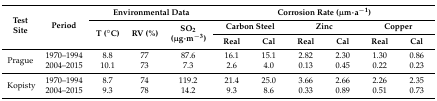
<table><thead><tr><td rowspan="3"><b>Test Site</b></td><td rowspan="3"><b>Period</b></td><td colspan="3"><b>Environmental Data</b></td><td colspan="6"><b>Corrosion Rate (μm·a<sup>−1</sup>)</b></td></tr><tr><td rowspan="2"><b>T (°C)</b></td><td rowspan="2"><b>RV (%)</b></td><td rowspan="2"><b>SO<sub>2</sub> (μg·m<sup>−3</sup>)</b></td><td colspan="2"><b>Carbon Steel</b></td><td colspan="2"><b>Zinc</b></td><td colspan="2"><b>Copper</b></td></tr><tr><td><b>Real</b></td><td><b>Cal</b></td><td><b>Real</b></td><td><b>Cal</b></td><td><b>Real</b></td><td><b>Cal</b></td></tr></thead><tbody><tr><td rowspan="2">Prague</td><td>1970–1994</td><td>8.8</td><td>77</td><td>87.6</td><td>16.1</td><td>15.1</td><td>2.82</td><td>2.30</td><td>1.30</td><td>0.86</td></tr><tr><td>2004–2015</td><td>10.1</td><td>73</td><td>7.3</td><td>2.6</td><td>4.0</td><td>0.13</td><td>0.45</td><td>0.22</td><td>0.23</td></tr><tr><td rowspan="2">Kopisty</td><td>1970–1994</td><td>8.7</td><td>74</td><td>119.2</td><td>21.4</td><td>25.0</td><td>3.66</td><td>2.66</td><td>2.26</td><td>2.35</td></tr><tr><td>2004–2015</td><td>9.3</td><td>78</td><td>14.2</td><td>9.3</td><td>8.6</td><td>0.33</td><td>0.89</td><td>0.51</td><td>0.73</td></tr></tbody></table>